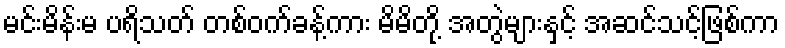
မင်းမိန်းမ ပရိသတ် တစ်ဝက်ခန့်ကား မိမိတို့ အတွဲများနှင့် အဆင်သင့်ဖြစ်ကာ